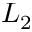
L _ { 2 }